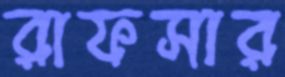
রাফসার